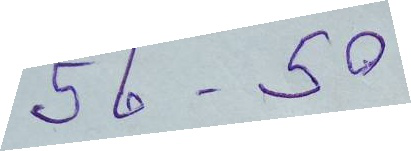
56 - 50